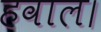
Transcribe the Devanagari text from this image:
हवाल।